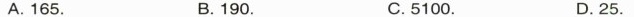
A. 165. B. 190. C.5100. D. 25.